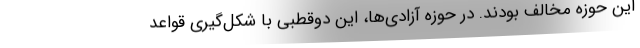
این حوزه مخالف بودند. در حوزه آزادی‌ها، این دوقطبی با شکل‌گیری قواعد